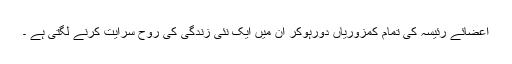
اعضائے رئیسہ کی تمام کمزوریاں دورہوکر ان میں ایک نئی زندگی کی روح سرایت کرنے لگتی ہے ۔